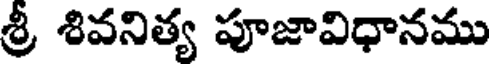
శ్రీ శివనిత్య పూజావిధానము